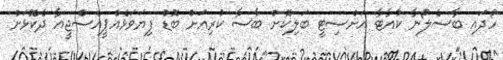
ހޯދައި ބާސެލޯނާ ކުއާޓާ އަށްސިޓީ ބަލިކޮށް ބާސާ ކުރިއަށް ބޮޑު ފިޔަވަޅެއްޕީއެސްޖީއާ ދެކޮޅަށް